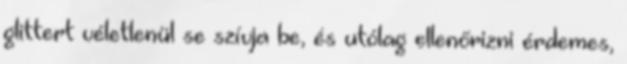
glittert véletlenül se szívja be, és utólag ellenőrizni érdemes,